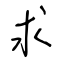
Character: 求